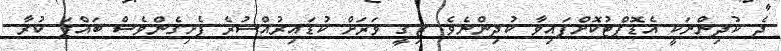
ދެ ކުދިންނަކީ އެޑޮޕްޓުކޮށްފައިވާ ކުދިންނެވެ. ޒިގީ ވަރަށް ކުޑައިރުއްސުރެ ފެށިގެންވެސް ބައްޕަ ކުރާ